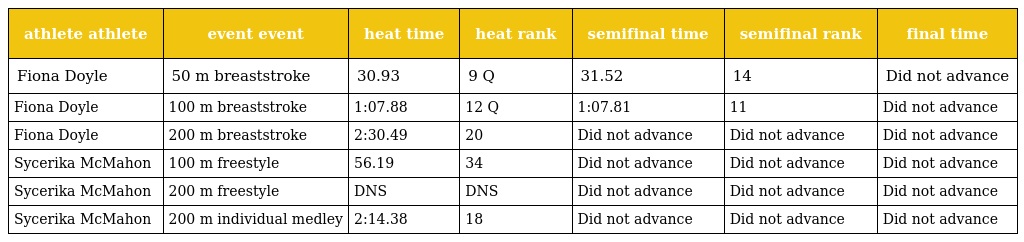
| athlete athlete | event event | heat time | heat rank | semifinal time | semifinal rank | final time |
 | --- | --- | --- | --- | --- | --- | --- |
 | Fiona Doyle | 50 m breaststroke | 30.93 | 9 Q | 31.52 | 14 | Did not advance |
 | Fiona Doyle | 100 m breaststroke | 1:07.88 | 12 Q | 1:07.81 | 11 | Did not advance |
 | Fiona Doyle | 200 m breaststroke | 2:30.49 | 20 | Did not advance | Did not advance | Did not advance |
 | Sycerika McMahon | 100 m freestyle | 56.19 | 34 | Did not advance | Did not advance | Did not advance |
 | Sycerika McMahon | 200 m freestyle | DNS | DNS | Did not advance | Did not advance | Did not advance |
 | Sycerika McMahon | 200 m individual medley | 2:14.38 | 18 | Did not advance | Did not advance | Did not advance |